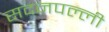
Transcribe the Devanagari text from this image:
सदनपल्ली